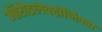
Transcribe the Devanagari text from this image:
ऑप्टोइलेक्ट्रॉनिक्स